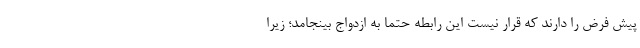
پیش فرض را دارند که قرار نیست این رابطه حتما به ازدواج بینجامد؛ زیرا